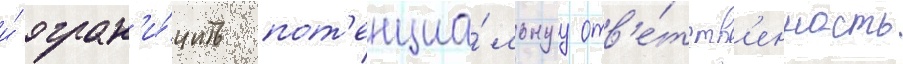
и́ огран'и́чить пот'енциа́льнуу отв'е́тств'енность